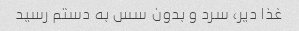
غذا دیر، سرد و بدون سس به دستم رسید